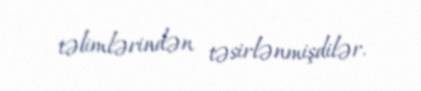
təlimlərindən təsirlənmişdilər.